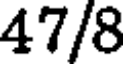
47/8